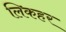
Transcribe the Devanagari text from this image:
लिकहर